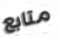
متابع